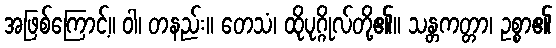
အဖြစ်ကြောင့်။ ဝါ၊ တနည်း။ တေသံ၊ ထိုပုဂ္ဂိုလ်တို့၏။ သန္တကတ္တာ၊ ဥစ္စာ၏